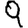
Digit: 9